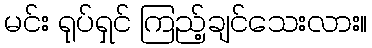
မင်း ရုပ်ရှင် ကြည့်ချင်သေးလား။